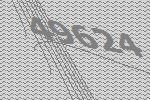
49624